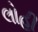
લોહી